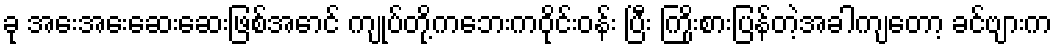
ခု အေးအေးဆေးဆေးဖြစ်အောင် ကျုပ်တို့ကဘေးကဝိုင်းဝန်း ပြီး ကြိုးစားပြန်တဲ့အခါကျတော့ ခင်ဗျားက